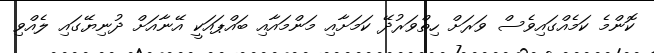
ކޮންމެ ކަމެއްގައިވެސް ވަރަށް ހިތްވަރުދޭ ކަމަށާއި މަންމައާއި ބައްޕައަކީ އޭނާއަށް ދުނިޔޭގައި ލެއްވި